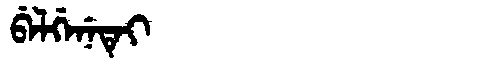
Manchu: ᠪᡝᠯᡤᡝᠨᡝᡨᡝᡳ
Romanization: BELGENETEI